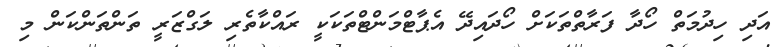
އަދި ހިދުމަތް ހޯދާ ފަރާތްތަކަށް ހޯދައިދޭ އެޕާޓްމަންޓްތަކަކީ ރައްކާތެރި ލަގްޒަރީ ތަންތަންކަން މި